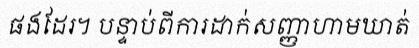
ផងដែរ។ បន្ទាប់ពីការដាក់សញ្ញាហាមឃាត់